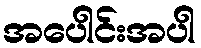
အပေါင်းအပါ